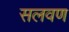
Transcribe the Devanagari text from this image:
सलवण